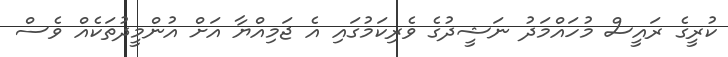
ކުރީގެ ރައީސް މުހައްމަދު ނަޝީދުގެ ވެރިކަމުގައި އެ ޖަމިއްޔާ އަށް އުންމީދުތަކެއް ވެސް